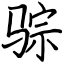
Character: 骔